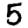
Digit: 5